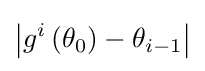
\left|g^{i}\left(\theta _{0}\right)-\theta _{i-1}\right|